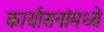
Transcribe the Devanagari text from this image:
कार्यासनांमध्ये